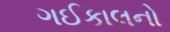
ગઈકાલનો